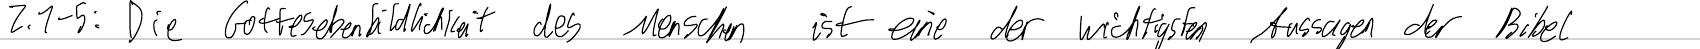
Z.1-5: Die Gottesebenbildlichkeit des Menschen ist eine der wichtigsten Aussagen der Bibel